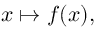
x \mapsto f ( x ) ,